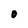
Character: O